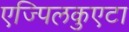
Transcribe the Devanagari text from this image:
एज्पिलकुएटा